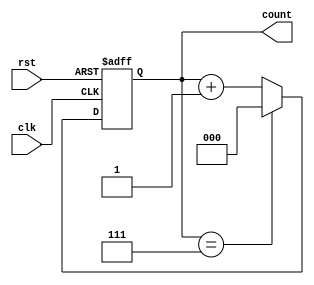
module mod_n_async_counter #(
    parameter N = 8 // Default to Mod-8
) (
    input wire clk,      // Clock signal
    input wire rst,      // Asynchronous reset signal
    output reg [$clog2(N)-1:0] count // Counter output
);
    // Number of bits required for counting
    localparam COUNTER_BITS = $clog2(N);

    always @(posedge clk or posedge rst) begin
        if (rst) begin
            count <= 0; // Reset the counter to 0
        end else begin
            if (count == (N - 1)) begin
                count <= 0; // Roll over
            end else begin
                count <= count + 1; // Increment count
            end
        end
    end
endmodule